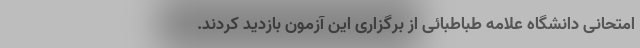
امتحانی دانشگاه علامه طباطبائی از برگزاری این آزمون بازدید کردند.